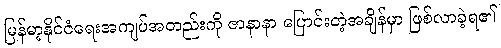
မြန်မာ့နိုင်ငံရေးအကျပ်အတည်းကို ဇာနာနာ ပြောင်းတဲ့အချိန်မှာ ဖြစ်လာခဲ့ရ၏